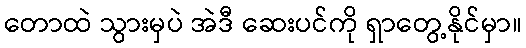
တောထဲ သွားမှပဲ အဲဒီ ဆေးပင်ကို ရှာတွေ့နိုင်မှာ။